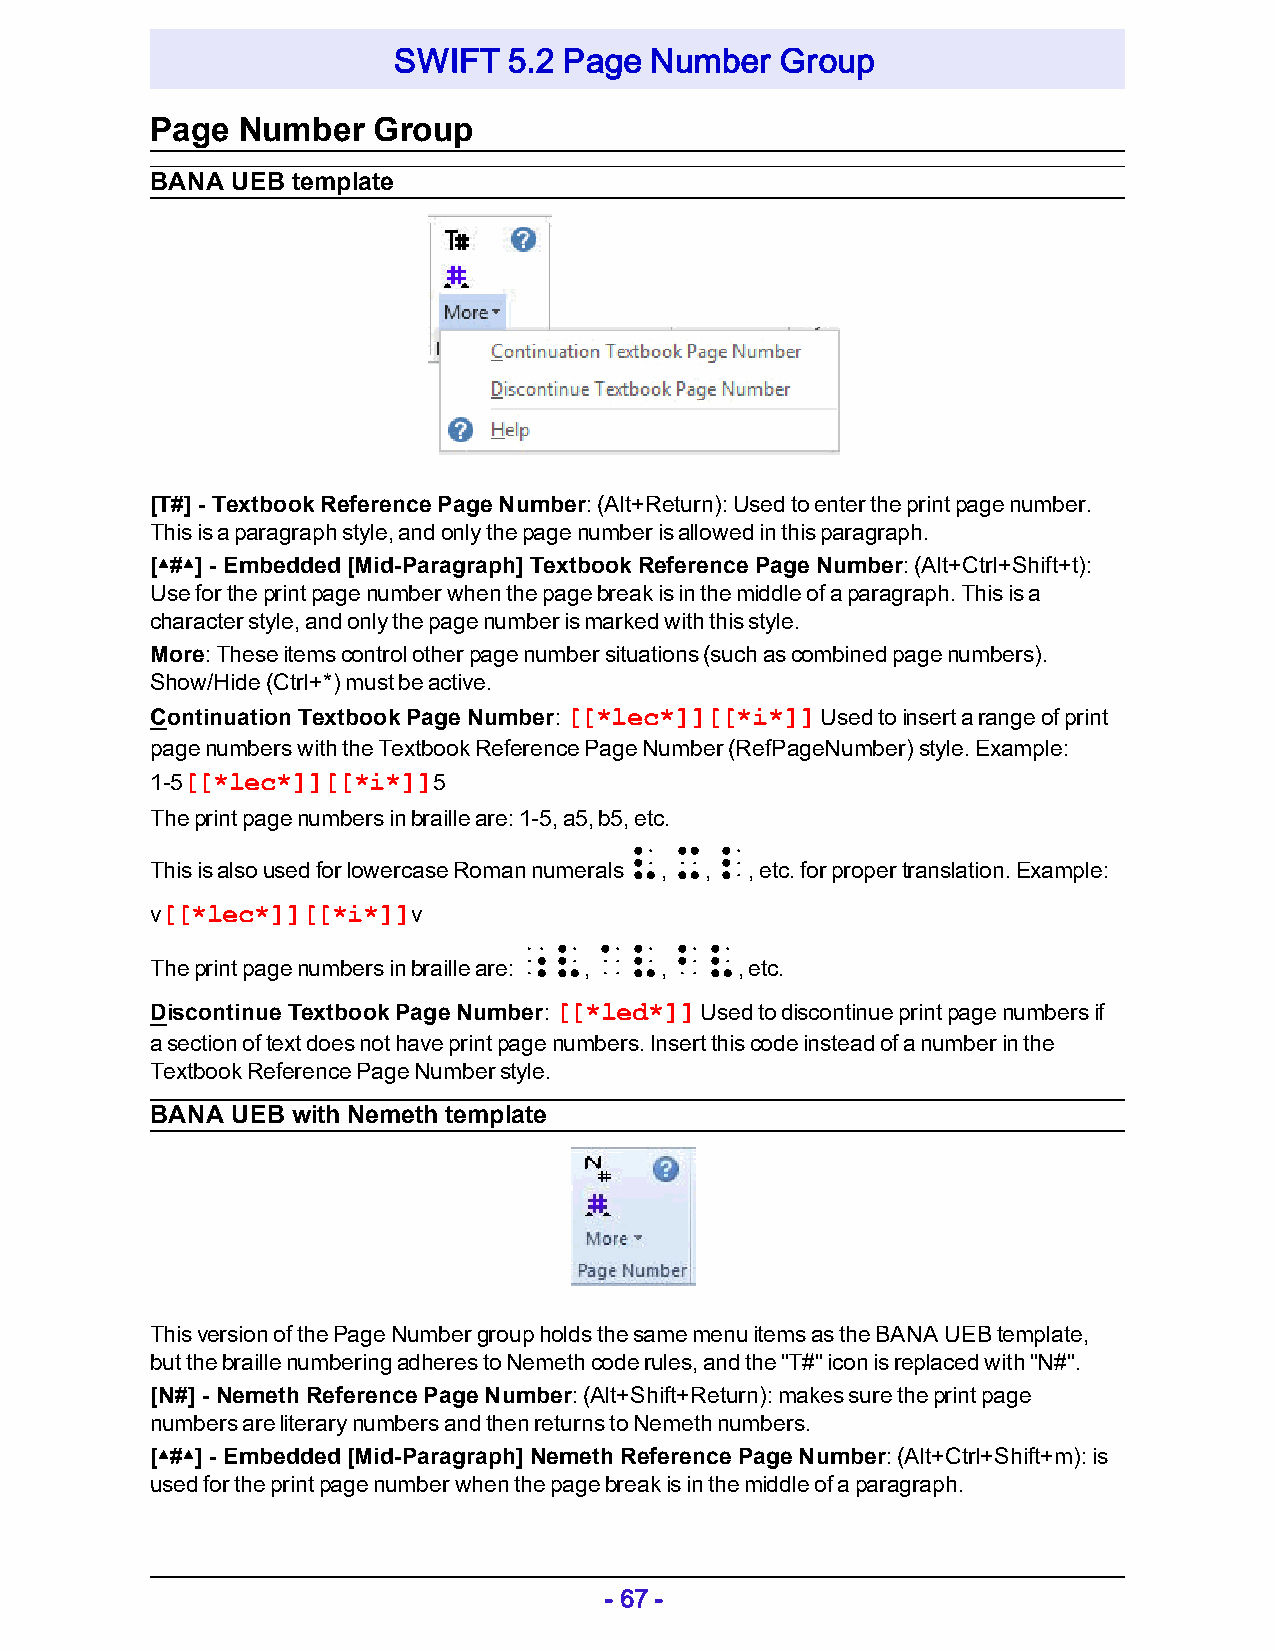
SWIFT   5.2 Page Number   Group
 Page  Number   Group
 BANA UEB template
 [T#] - Textbook Reference Page Number: (Alt+Return): Used to enter the print page number.
 This is a paragraph style, and only the page number is allowed in this paragraph.
 [▴#▴] - Embedded [Mid-Paragraph] Textbook Reference Page Number: (Alt+Ctrl+Shift+t):
 Use for the print page number when the page break is in the middle of a paragraph. This is a
 character style, and only the page number is marked with this style.
 More: These items control other page number situations (such as combined page numbers).
 Show/Hide (Ctrl+*) must be active.
 Continuation Textbook Page Number: [[*lec*]][[*i*]] Used to insert a range of print
 page numbers with the Textbook Reference Page Number (RefPageNumber) style. Example:
 1-5[[*lec*]][[*i*]]5
 The print page numbers in braille are: 1-5, a5, b5, etc.
 v x  l
 This is also used for lowercase Roman numerals , , , etc. for proper translation. Example:
 v[[*lec*]][[*i*]]v
 ;v   av   bv
 The print page numbers in braille are: , , , etc.
 Discontinue Textbook Page Number: [[*led*]] Used to discontinue print page numbers if
 a section of text does not have print page numbers. Insert this code instead of a number in the
 Textbook Reference Page Number style.
 BANA UEB with Nemeth template
 This version of the Page Number group holds the same menu items as the BANA UEB template,
 but the braille numbering adheres to Nemeth code rules, and the "T#" icon is replaced with "N#".
 [N#] - Nemeth Reference Page Number: (Alt+Shift+Return): makes sure the print page
 numbers are literary numbers and then returns to Nemeth numbers.
 [▴#▴] - Embedded [Mid-Paragraph] Nemeth Reference Page Number: (Alt+Ctrl+Shift+m): is
 used for the print page number when the page break is in the middle of a paragraph.
 - 67 -